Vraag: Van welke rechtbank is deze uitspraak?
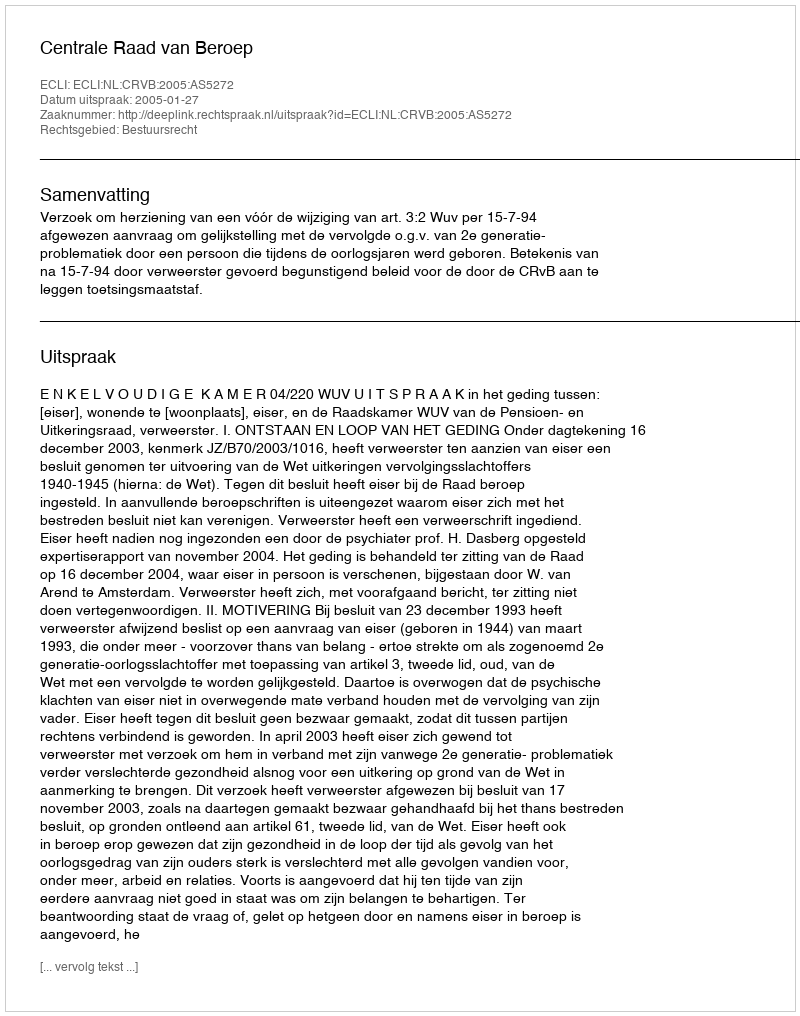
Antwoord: Centrale Raad van Beroep